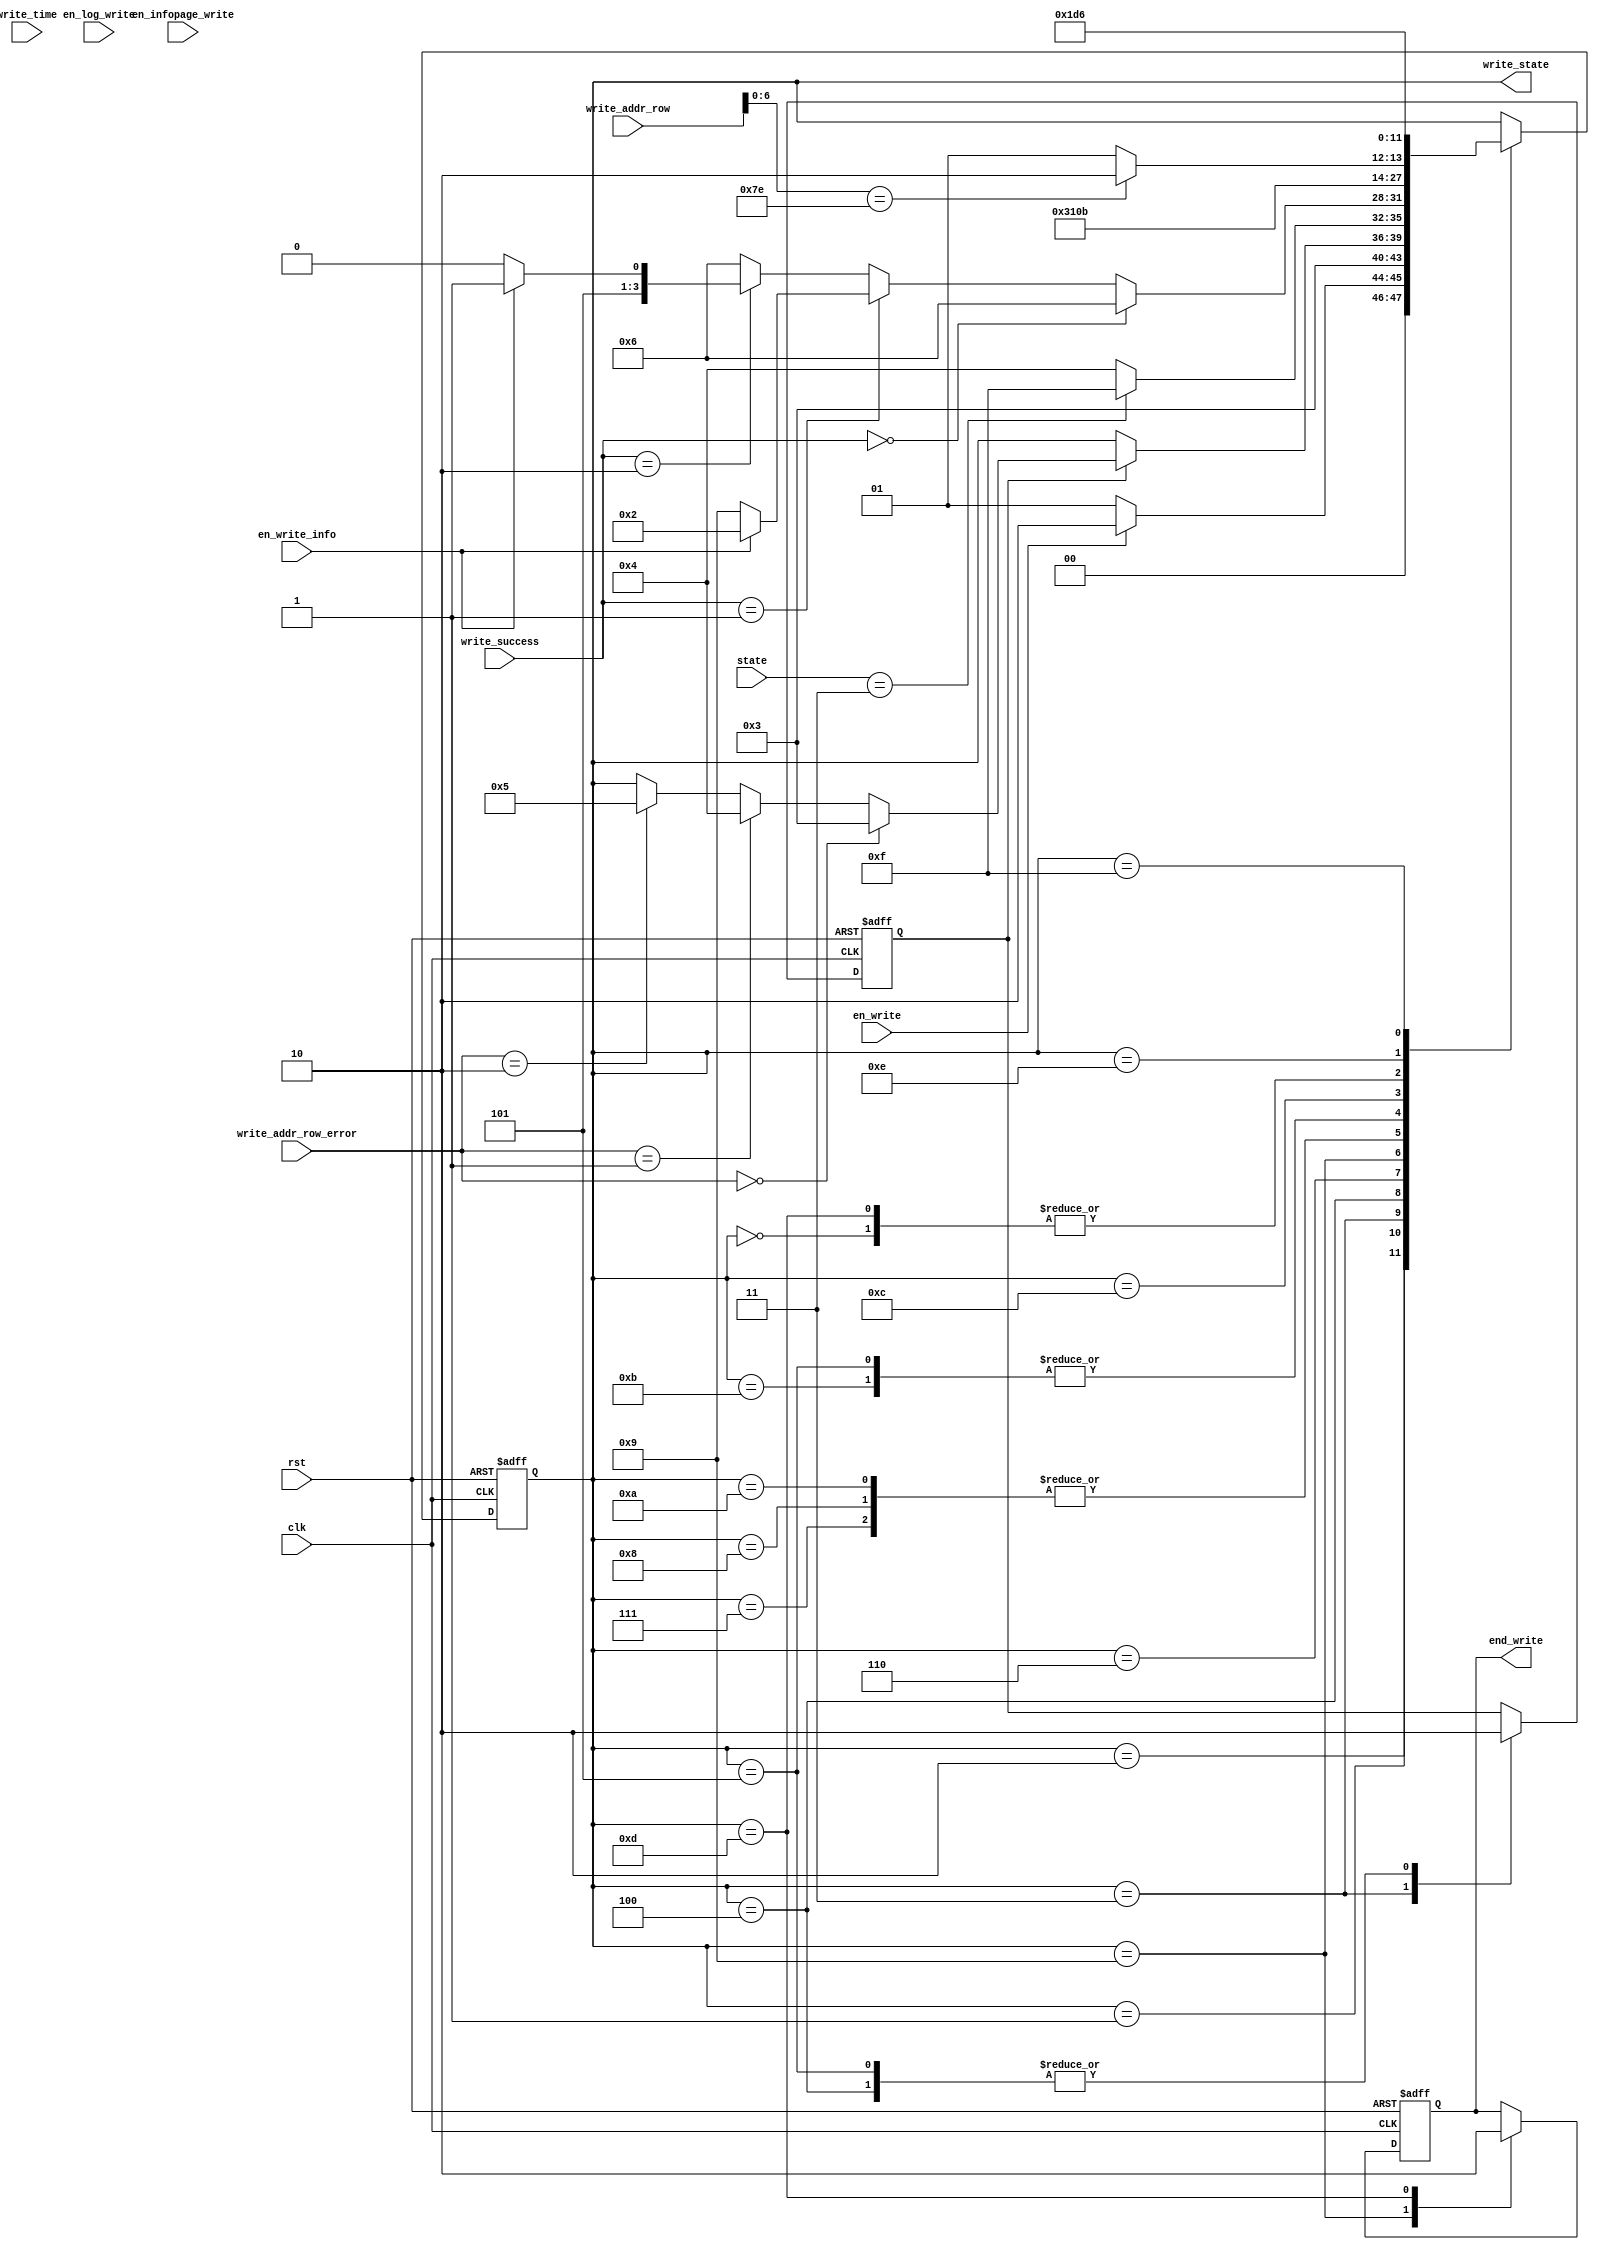
module write_flash_state_control(
	input clk,rst,en_write,
	input en_infopage_write,
//	output reg end_infopage_write,
	
	input [4:0]state,
	input [1:0] write_success,						//,BIT00122
	input [1:0]write_addr_row_error,				//,0122
   	input [23:0]write_addr_row,
	input [1:0] write_time,						// 
	input en_write_info,						//
	input en_log_write,                       	//log
	
	output reg [3:0] write_state,
	output reg end_write
	 );
	 
	 reg n,m;
	 
	// reg wait_en_nentpage_write;
	// reg end_wait_en_nentpage_write;
	// reg write_success_r;
	// wire pos_write_success;  //
	
/*	always @(posedge clk or posedge rst)
	begin
		if(rst)
		  begin
		    write_success_r <= 0;	
		  end
		else
		  write_success_r <= write_success[0];		 
   end
	assign pos_write_success = (~write_success_r) & write_success[0];
	
	always @(posedge clk or posedge rst)
	begin
		if(rst)
		  begin
		    wait_en_nentpage_write <= 0;
		  end
		else
		  begin
		    if(pos_write_success == 1)
		      wait_en_nentpage_write <= 1;
			 else if(end_wait_en_nentpage_write == 1)
			   wait_en_nentpage_write <= 0;
		  end
	end	  
*/
	always @(posedge clk or posedge rst)
	begin
		if(rst)
		begin
			write_state <= 0;
			end_write <=0;
			n <= 0;
			
	//		m <= 0;
	//		end_wait_en_nentpage_write <= 0;
		end
		else
		begin
			case(write_state)
			0:									//
				write_state <= 1;
			1:									//
			begin
				if(en_write == 1)
					write_state <= 2;
				else
					write_state <= 1;
			end
			2:									//
			begin
				write_state <= 3; 
			end
			3:									//
			begin
				if(n == 0)					//
					n <= 1;
				else
				if(write_addr_row_error == 0)
					write_state <= 3;
				else if(write_addr_row_error == 1)
					write_state <= 4;
				else if(write_addr_row_error == 2)
					write_state <= 5;
			end
			4:									//
			begin
				n <= 0;
				if(state == 3)					// state3
					write_state <= 15;
				else
					write_state <= 4;
			end
			5:									//
			begin
				n <= 0;
				write_state <= 2;
			end
			6:									//
			begin
			//	end_infopage_write <= 0;
				if(write_success == 0)
					write_state <= 6;
				else if(write_success == 1)
				begin
					if(en_write_info)
						write_state <= 2;
					else 
					   write_state <= 9;	
				end
				else if(write_success == 2)
				begin
					if(en_write_info)
						write_state <= 11;
					else
						write_state <= 10;
				end
				else 
				  write_state <= 6;  
			end
			7:									//
			  begin
				write_state <= 4;
			//	end_wait_en_nentpage_write <= 0;
			  end
			8:									//
			  begin
				write_state <= 4;
			//	end_wait_en_nentpage_write <= 0;
			  end
			9:	               					//
			 begin
				write_state <= 12;
				end_write <=1;
			  // end_infopage_write<=0;
			 end
			10:								//
				write_state <= 4;
			11:								//2
				write_state <= 2;
			12:								//
			begin
				if(write_addr_row[6:0] == 126)
					write_state <= 14;
				else
					write_state <= 13;
			end			
			13:								//
			begin
		     	write_state <= 1;
				end_write <=0;
			end
			14:								//
				write_state <= 13;
			15:								//+1
				write_state <= 6;
			default:
				write_state <= 0;
			endcase
			end
	end

endmodule